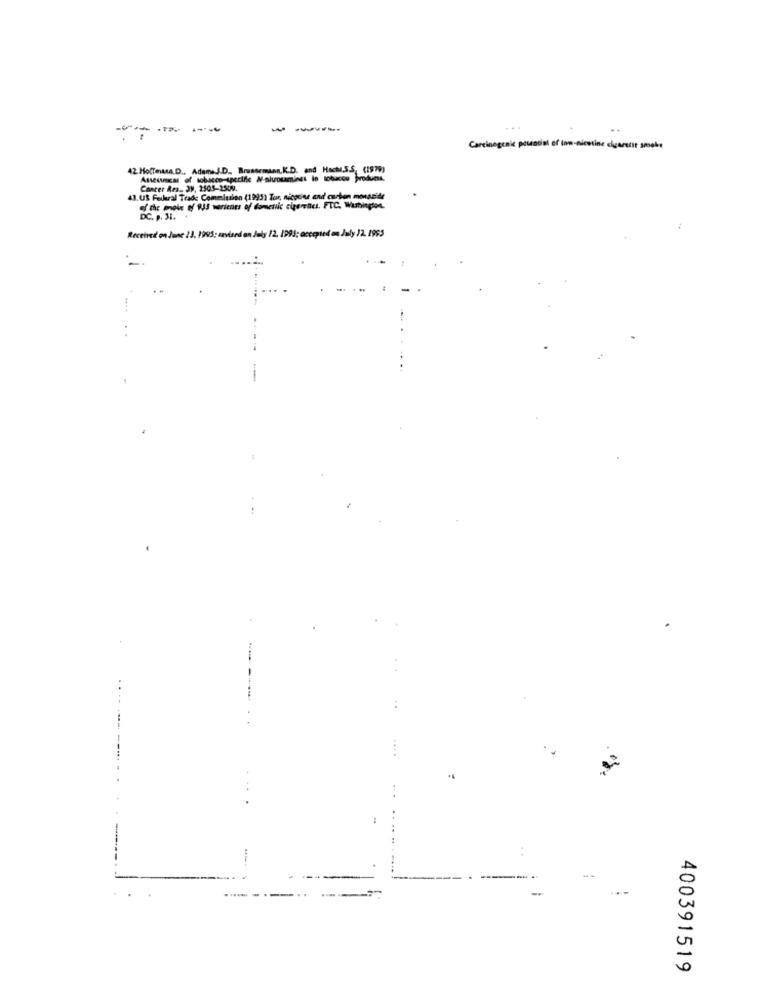
--
----
Carcinogenic potential of inn-nicotine cigarette smoke
42. Hoffman.D ., AdamaJ.D ., Brussemian,K.D. and Hocha.S.S, (1979)
Asseutical of tobacco-specific W-aluotamines in tobacco products,
Cancer Res .. JV, 2505-2504.
43. US Federal Trade Commission (1995) Tor, nicotine and carbon morar'de
the engle of RES warients of domestic cigarettes. FTC, Washington.
Received on June 23, 1995: zavised on July 12. 1993; accepted on July 12.1995
.-
....
--...
..
400391519